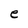
Character: e